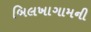
બિલખાગામની